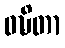
ဝဍ္ဎိတာ